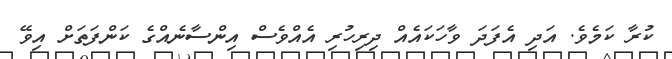
ކުރާ ކަމެވެ. އަދި އެފަދަ ވާހަކައެއް ދިރިހުރި އެއްވެސް އިންސާނެއްގެ ކަންފަތަށް އިވޭ